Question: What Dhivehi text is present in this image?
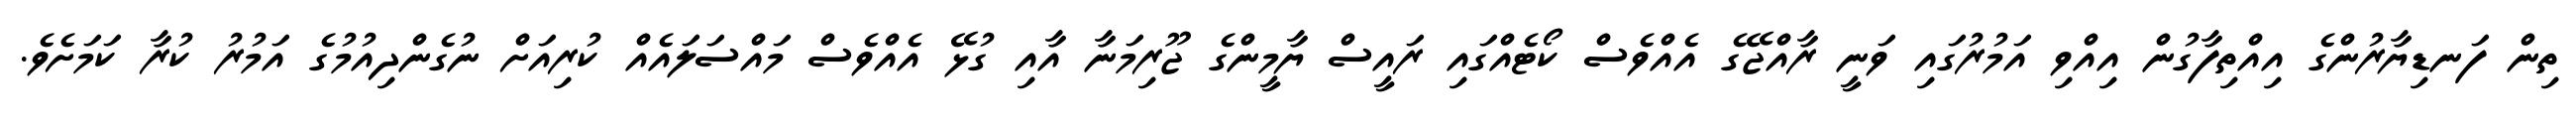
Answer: ތިން ފަނޑިޔާރުންގެ އިއްތިފާގުން އިއްވި އަމުރުގައި ވަނީ ރާއްޖޭގެ އެއްވެސް ކޯޓެއްގައި ރައީސް ޔާމީންގެ ޖޫރިމަނާ އާއި ގުޅޭ އެއްވެސް މައްސަލައެއް ކުރިއަށް ނުގެންދިއުމުގެ އަމުރު ކުރާ ކަމަށެވެ.